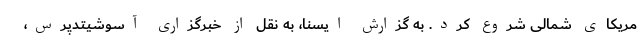
مریکای شمالی شروع کرد. به گزارش ایسنا، به نقل از خبرگزاری آسوشیتدپرس،